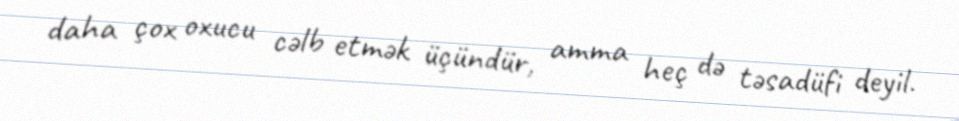
daha çox oxucu cəlb etmək üçündür, amma heç də təsadüfi deyil.